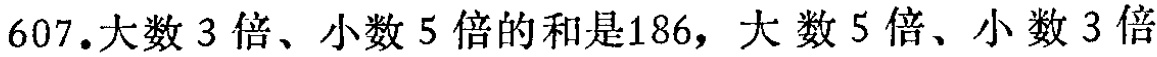
607.大数3倍、小数5倍的和是186，大数5倍、小数3倍